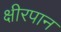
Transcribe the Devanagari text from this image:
क्षीरपान